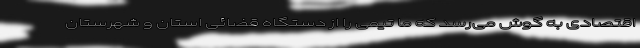
اقتصادی به گوش می‌رسد که ما تیمی را از دستگاه قضائی استان و شهرستان